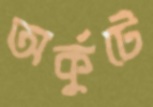
অর্কুটে